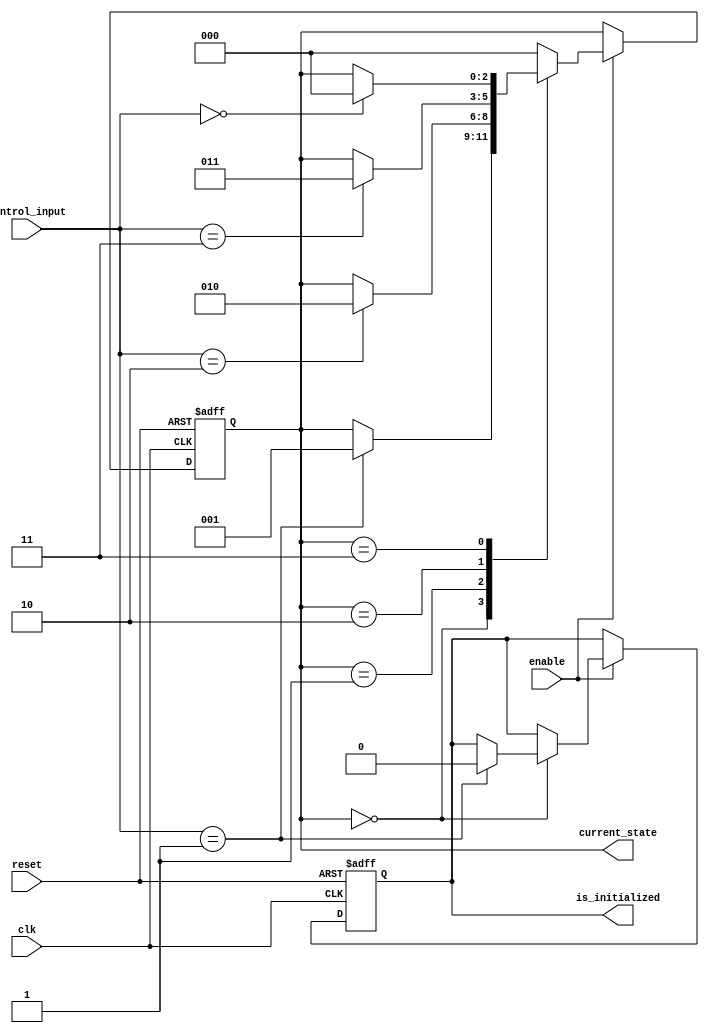
module PreConfiguredStateInitialization #(
    parameter STATE_WIDTH = 3, // Number of bits for state representation
    parameter INITIAL_STATE = 3'b000 // Predefined initial state
)(
    input wire clk,               // Clock signal
    input wire reset,             // Reset signal (active high)
    input wire enable,            // Enable signal for state transitions
    input wire [STATE_WIDTH-1:0] control_input, // Control inputs for state transitions
    output reg [STATE_WIDTH-1:0] current_state,  // Current state output
    output reg is_initialized     // Status signal indicating initialization phase
);

    // State encoding
    localparam STATE_A = 3'b000;
    localparam STATE_B = 3'b001;
    localparam STATE_C = 3'b010;
    localparam STATE_D = 3'b011;

    // State transition logic
    always @(posedge clk or posedge reset) begin
        if (reset) begin
            // On reset, initialize to the predefined state
            current_state <= INITIAL_STATE;
            is_initialized <= 1'b1; // Indicate initialization phase
        end else if (enable) begin
            // State transition logic based on control inputs
            case (current_state)
                STATE_A: begin
                    if (control_input == 3'b001) begin
                        current_state <= STATE_B;
                        is_initialized <= 1'b0; // Transitioning to operational phase
                    end
                end
                STATE_B: begin
                    if (control_input == 3'b010) begin
                        current_state <= STATE_C;
                    end
                end
                STATE_C: begin
                    if (control_input == 3'b011) begin
                        current_state <= STATE_D;
                    end
                end
                STATE_D: begin
                    if (control_input == 3'b000) begin
                        current_state <= STATE_A;
                    end
                end
                default: begin
                    current_state <= INITIAL_STATE; // Fallback to initial state
                end
            endcase
        end
    end

endmodule